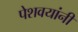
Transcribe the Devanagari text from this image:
पेशवयांनी